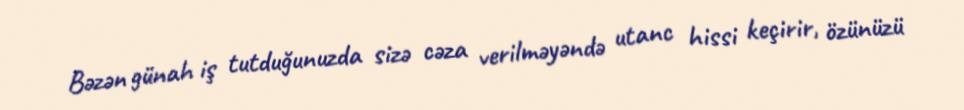
Bəzən günah iş tutduğunuzda sizə cəza verilməyəndə utanc hissi keçirir, özünüzü